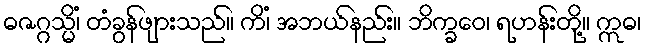
ဓဇဂ္ဂသ္မိံ၊ တံခွန်ဖျားသည်။ ကိံ၊ အဘယ်နည်း။ ဘိက္ခဝေ၊ ရဟန်းတို့။ ဣဓ၊